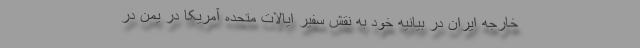
خارجه ایران در بیانیه خود به نقش سفیر ایالات متحده آمریکا در یمن در